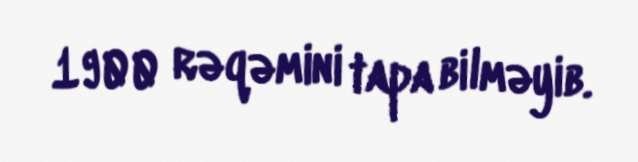
1900 rəqəmini tapa bilməyib.